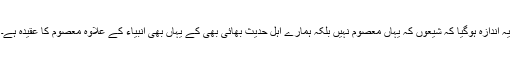
یہ اندازہ ہوگیا کہ شیعوں کہ یہاں معصوم نہیں بلکہ ہمارے اہل حدیث بھائی بھی کے یہاں بھی انبیاء کے علاوہ معصوم کا عقیدہ ہے۔